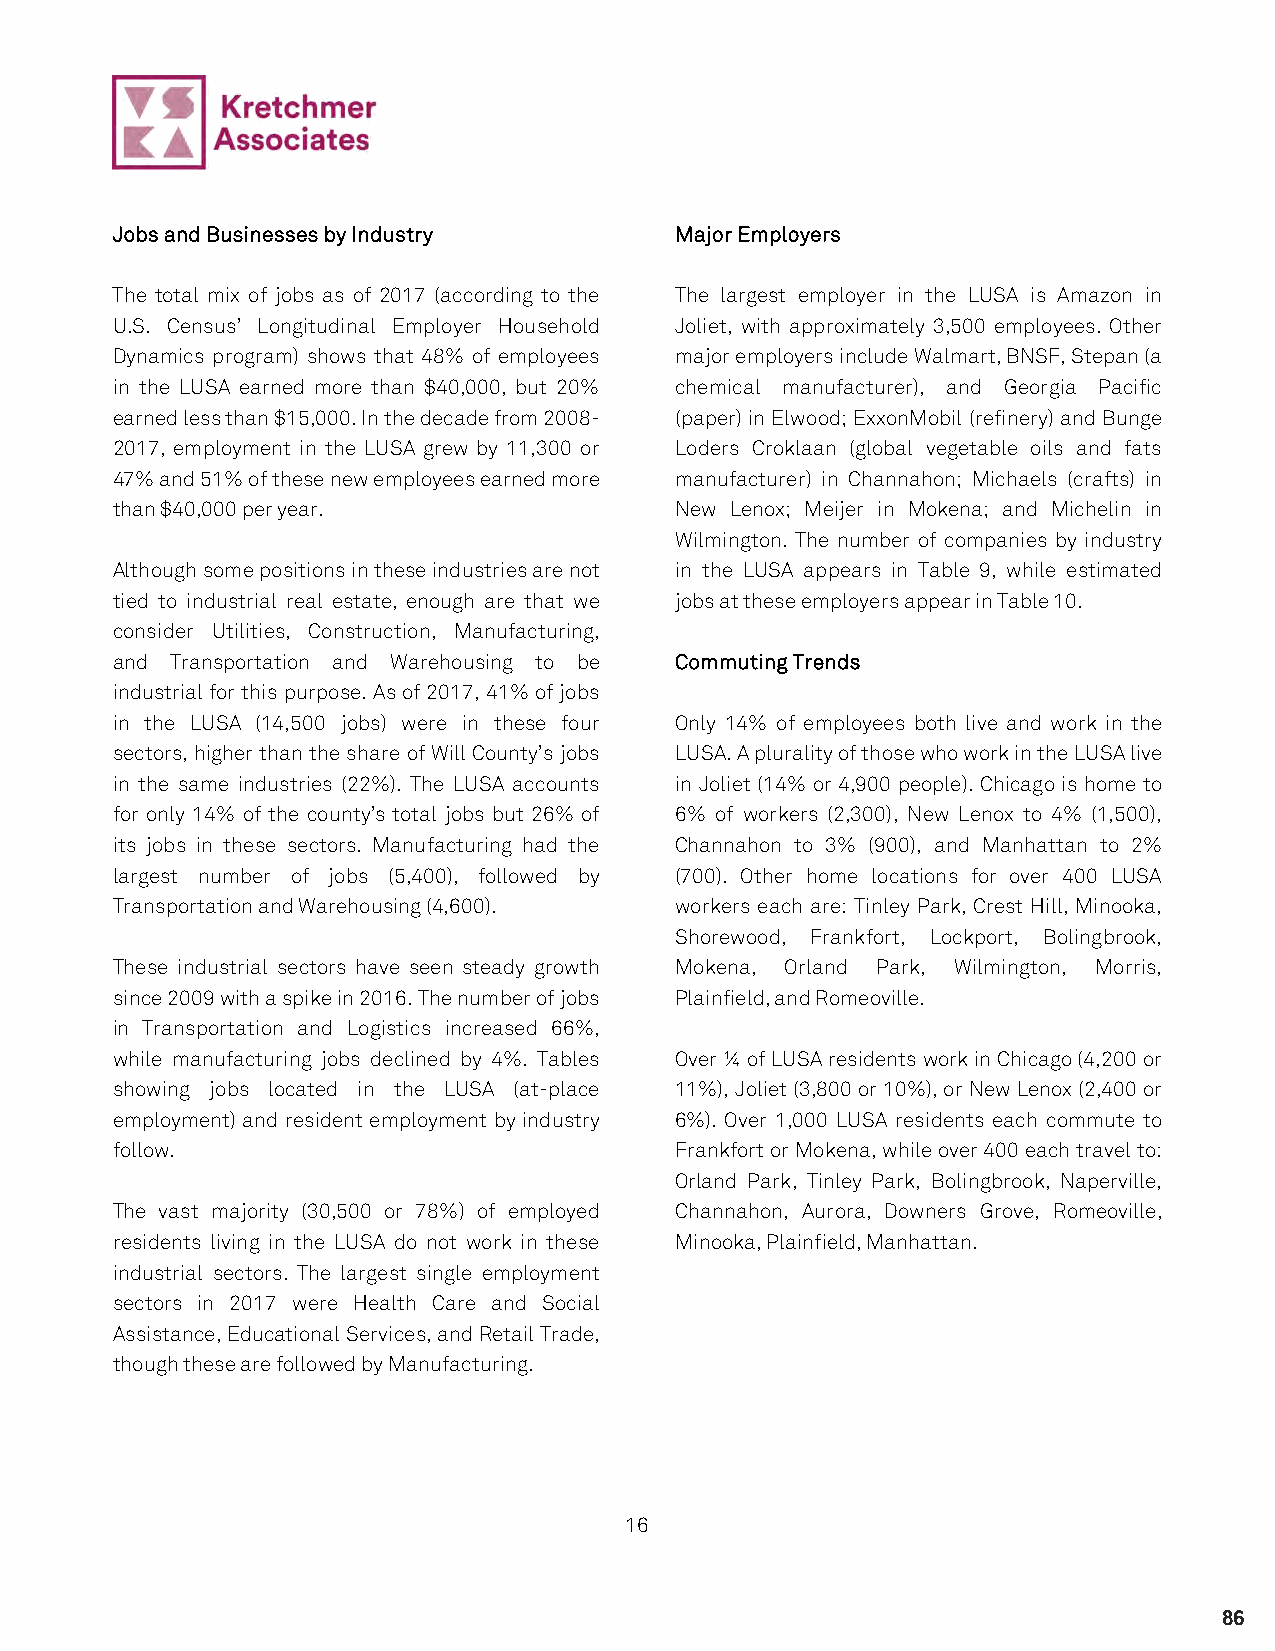
Jobs and Businesses by Industry       Major Employers
 The total mix of jobs as of 2017 (according to the The largest employer in the LUSA is Amazon in
 U.S. Census’ Longitudinal Employer Household Joliet, with approximately 3,500 employees. Other
 Dynamics program) shows that 48% of employees major employers include Walmart, BNSF, Stepan (a
 in the LUSA earned more than $40,000, but 20% chemical manufacturer), and Georgia Pacific
 earned less than $15,000. In the decade from 2008- (paper) in Elwood; ExxonMobil (refinery) and Bunge
 2017, employment in the LUSA grew by 11,300 or Loders Croklaan (global vegetable oils and fats
 47% and 51% of these new employees earned more manufacturer) in Channahon; Michaels (crafts) in
 than $40,000 per year.                New Lenox; Meijer in Mokena; and Michelin in
 Wilmington. The number of companies by industry
 Although some positions in these industries are not in the LUSA appears in Table 9, while estimated
 tied to industrial real estate, enough are that we jobs at these employers appear in Table 10.
 consider Utilities, Construction, Manufacturing,
 and Transportation and Warehousing to be Commuting Trends
 industrial for this purpose. As of 2017, 41% of jobs
 in the LUSA (14,500 jobs) were in these four Only 14% of employees both live and work in the
 sectors, higher than the share of Will County’s jobs LUSA. A plurality of those who work in the LUSA live
 in the same industries (22%). The LUSA accounts in Joliet (14% or 4,900 people). Chicago is home to
 for only 14% of the county’s total jobs but 26% of 6% of workers (2,300), New Lenox to 4% (1,500),
 its jobs in these sectors. Manufacturing had the Channahon to 3% (900), and Manhattan to 2%
 largest number of jobs (5,400), followed by (700). Other home locations for over 400 LUSA
 Transportation and Warehousing (4,600). workers each are: Tinley Park, Crest Hill, Minooka,
 Shorewood, Frankfort, Lockport, Bolingbrook,
 These industrial sectors have seen steady growth Mokena, Orland Park, Wilmington, Morris,
 since 2009 with a spike in 2016. The number of jobs Plainfield, and Romeoville.
 in Transportation and Logistics increased 66%,
 while manufacturing jobs declined by 4%. Tables Over ¼ of LUSA residents work in Chicago (4,200 or
 showing jobs located in the LUSA (at-place 11%), Joliet (3,800 or 10%), or New Lenox (2,400 or
 employment) and resident employment by industry 6%). Over 1,000 LUSA residents each commute to
 follow.                               Frankfort or Mokena, while over 400 each travel to:
 Orland Park, Tinley Park, Bolingbrook, Naperville,
 The vast majority (30,500 or 78%) of employed Channahon, Aurora, Downers Grove, Romeoville,
 residents living in the LUSA do not work in these Minooka, Plainfield, Manhattan.
 industrial sectors. The largest single employment
 sectors in 2017 were Health Care and Social
 Assistance, Educational Services, and Retail Trade,
 though these are followed by Manufacturing.
 16
 86